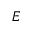
E